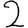
Digit: 2